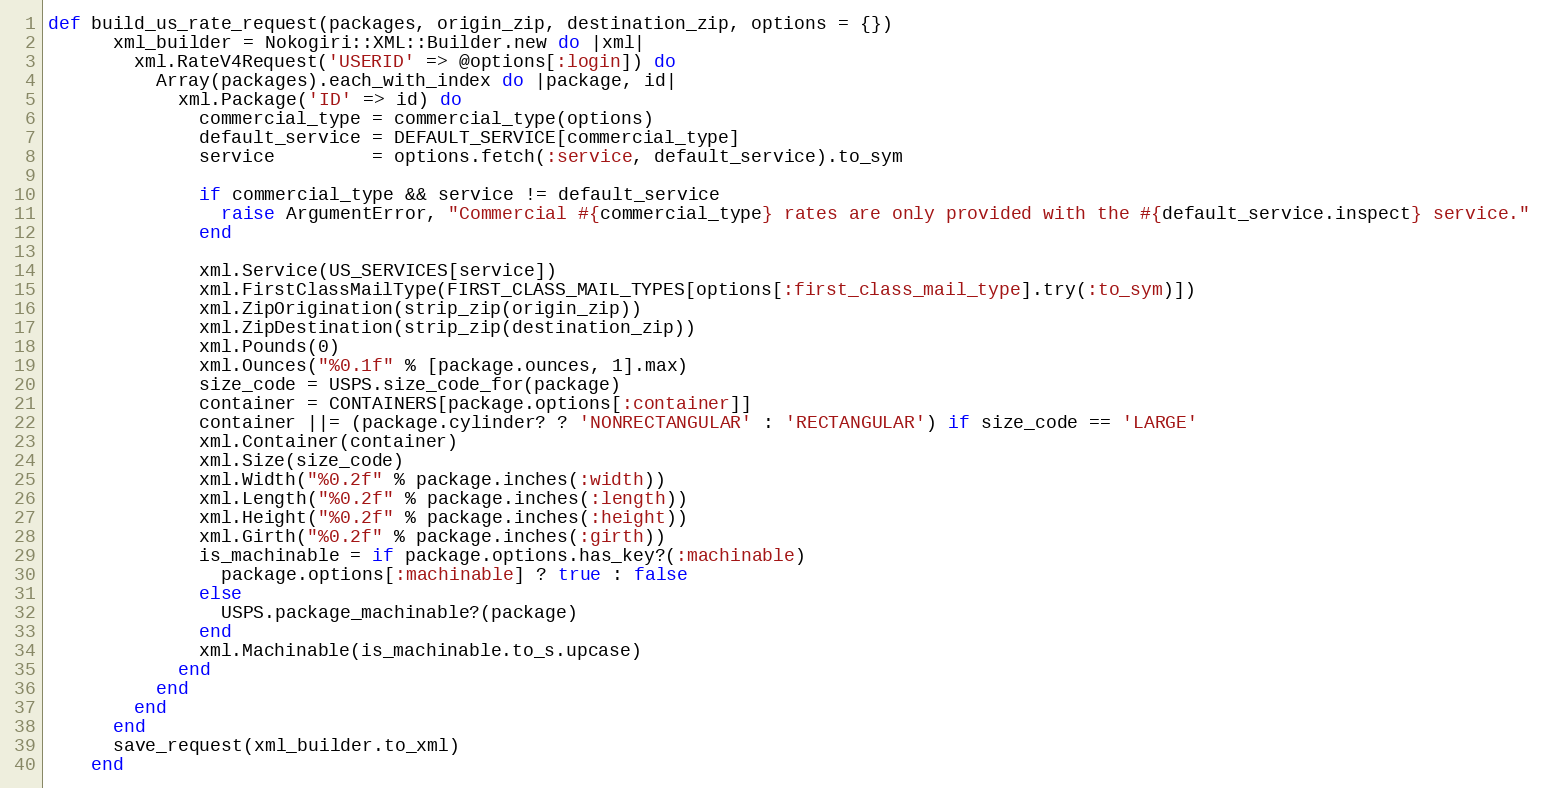
Language: Ruby
def build_us_rate_request(packages, origin_zip, destination_zip, options = {})
      xml_builder = Nokogiri::XML::Builder.new do |xml|
        xml.RateV4Request('USERID' => @options[:login]) do
          Array(packages).each_with_index do |package, id|
            xml.Package('ID' => id) do
              commercial_type = commercial_type(options)
              default_service = DEFAULT_SERVICE[commercial_type]
              service         = options.fetch(:service, default_service).to_sym

              if commercial_type && service != default_service
                raise ArgumentError, "Commercial #{commercial_type} rates are only provided with the #{default_service.inspect} service."
              end

              xml.Service(US_SERVICES[service])
              xml.FirstClassMailType(FIRST_CLASS_MAIL_TYPES[options[:first_class_mail_type].try(:to_sym)])
              xml.ZipOrigination(strip_zip(origin_zip))
              xml.ZipDestination(strip_zip(destination_zip))
              xml.Pounds(0)
              xml.Ounces("%0.1f" % [package.ounces, 1].max)
              size_code = USPS.size_code_for(package)
              container = CONTAINERS[package.options[:container]]
              container ||= (package.cylinder? ? 'NONRECTANGULAR' : 'RECTANGULAR') if size_code == 'LARGE'
              xml.Container(container)
              xml.Size(size_code)
              xml.Width("%0.2f" % package.inches(:width))
              xml.Length("%0.2f" % package.inches(:length))
              xml.Height("%0.2f" % package.inches(:height))
              xml.Girth("%0.2f" % package.inches(:girth))
              is_machinable = if package.options.has_key?(:machinable)
                package.options[:machinable] ? true : false
              else
                USPS.package_machinable?(package)
              end
              xml.Machinable(is_machinable.to_s.upcase)
            end
          end
        end
      end
      save_request(xml_builder.to_xml)
    end